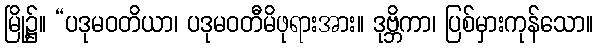
မြို့၌။ “ပဒုမဝတိယာ၊ ပဒုမဝတီမိဖုရားအား။ ဒုဗ္ဘိကာ၊ ပြစ်မှားကုန်သော။